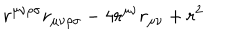
r ^ { \mu \nu \rho \sigma } r _ { \mu \nu \rho \sigma } - 4 r ^ { \mu \nu } r _ { \mu \nu } + r ^ { 2 }